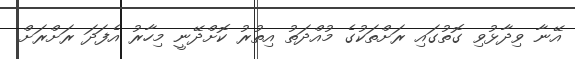
އޭނާ ވިދާޅުވި ގޮތުގައި ރަށްތަކުގެ މުއްދަތު އިތުރު ކޮށްދޭނީ މިހާރު އެފަދަ ރަށްރަށް